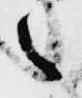
之